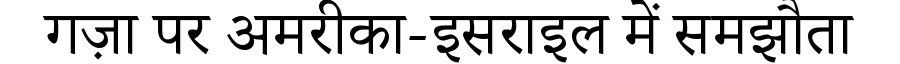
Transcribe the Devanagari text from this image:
गज़ा पर अमरीका-इसराइल में समझौता